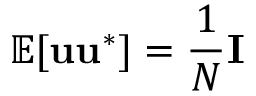
\mathbb { E } [ { \bf u u } ^ { * } ] = \frac { 1 } { N } { \bf I }